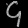
Digit: ၄